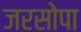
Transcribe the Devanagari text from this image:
जरसोपा